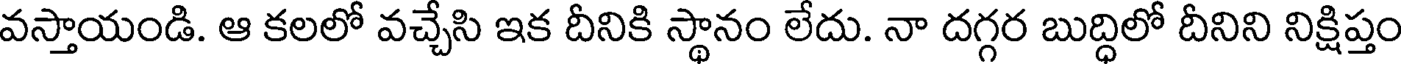
వస్తాయండి. ఆ కలలో వచ్చేసి ఇక దీనికి స్థానం లేదు. నా దగ్గర బుద్ధిలో దీనిని నిక్షిప్తం